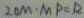
2 0 M \cdot M P = 1 2